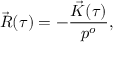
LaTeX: \vec { R } ( \tau ) = - \frac { \vec { K } ( \tau ) } { p ^ { o } } ,